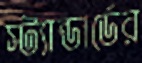
স্ট্যান্ডার্ডের